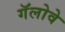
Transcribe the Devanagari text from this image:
गॅलोवे